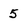
Character: 5